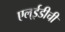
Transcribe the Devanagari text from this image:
एल्‌ईडीची